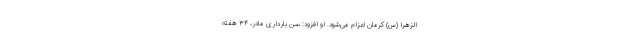
الزهرا (س) کرمان اعزام می‌شود. او افزود: سن بارداری مادر، ۳۴ هفته